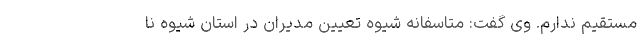
مستقیم ندارم. وی گفت: متاسفانه شیوه تعیین مدیران در استان شیوه نا